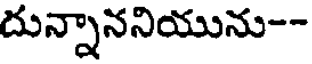
దున్నాననియును--